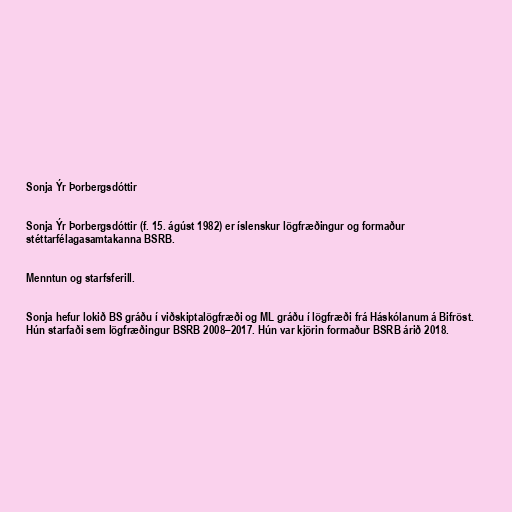
Sonja Ýr Þorbergsdóttir

Sonja Ýr Þorbergsdóttir (f. 15. ágúst 1982) er íslenskur lögfræðingur og formaður
stéttarfélagasamtakanna BSRB.

Menntun og starfsferill.

Sonja hefur lokið BS gráðu í viðskiptalögfræði og ML gráðu í lögfræði frá Háskólanum á Bifröst.
Hún starfaði sem lögfræðingur BSRB 2008–2017. Hún var kjörin formaður BSRB árið 2018.